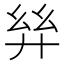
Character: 𢇂